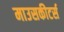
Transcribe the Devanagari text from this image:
माउसकीटर्स